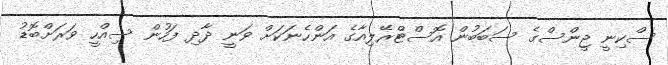
ސްކިނީ ޖީންސްގެ ސަބަބުން އޮސްޓްރޭލިއާގެ އަންހެނަކަށް ވަނީ ދާދި ފަހުން ސިއްހީ ވަރަށްބޮޑު